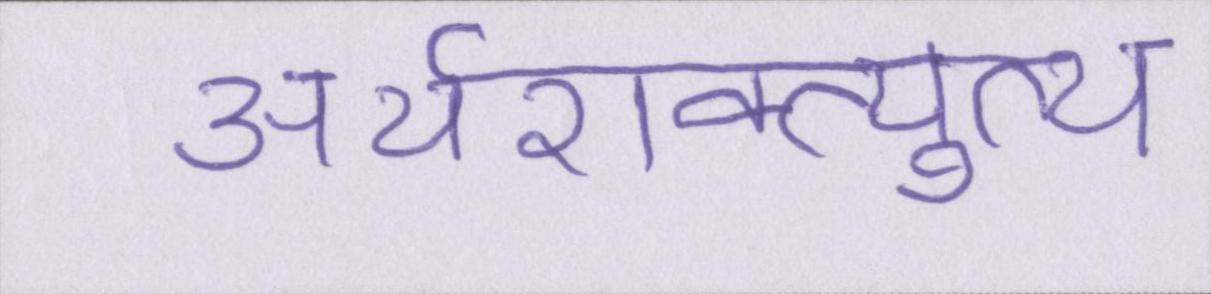
अर्थशक्त्युत्थ